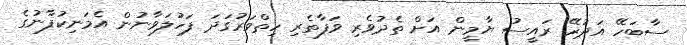
ސާބަހޭ އަދުރޭ ރައީސު ޔާމީން އަށް ތެދުވެރި ވަފާތެރި ހިތްވަރުގަދަ ފަހުލަވާނުން އެމަނިކުފާނުގެ